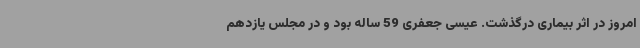
امروز در اثر بیماری درگذشت. عیسی جعفری 59 ساله بود و در مجلس یازدهم